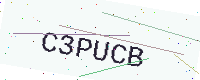
Text: C3PUCB